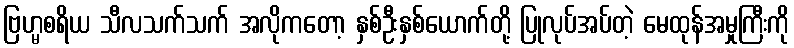
ဗြဟ္မစရိယ သီလသက်သက် အလိုကတော့ နှစ်ဦးနှစ်ယောက်တို့ ပြုလုပ်အပ်တဲ့ မေထုန်အမှုကြီးကို